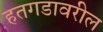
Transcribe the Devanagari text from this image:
हतगडावरील